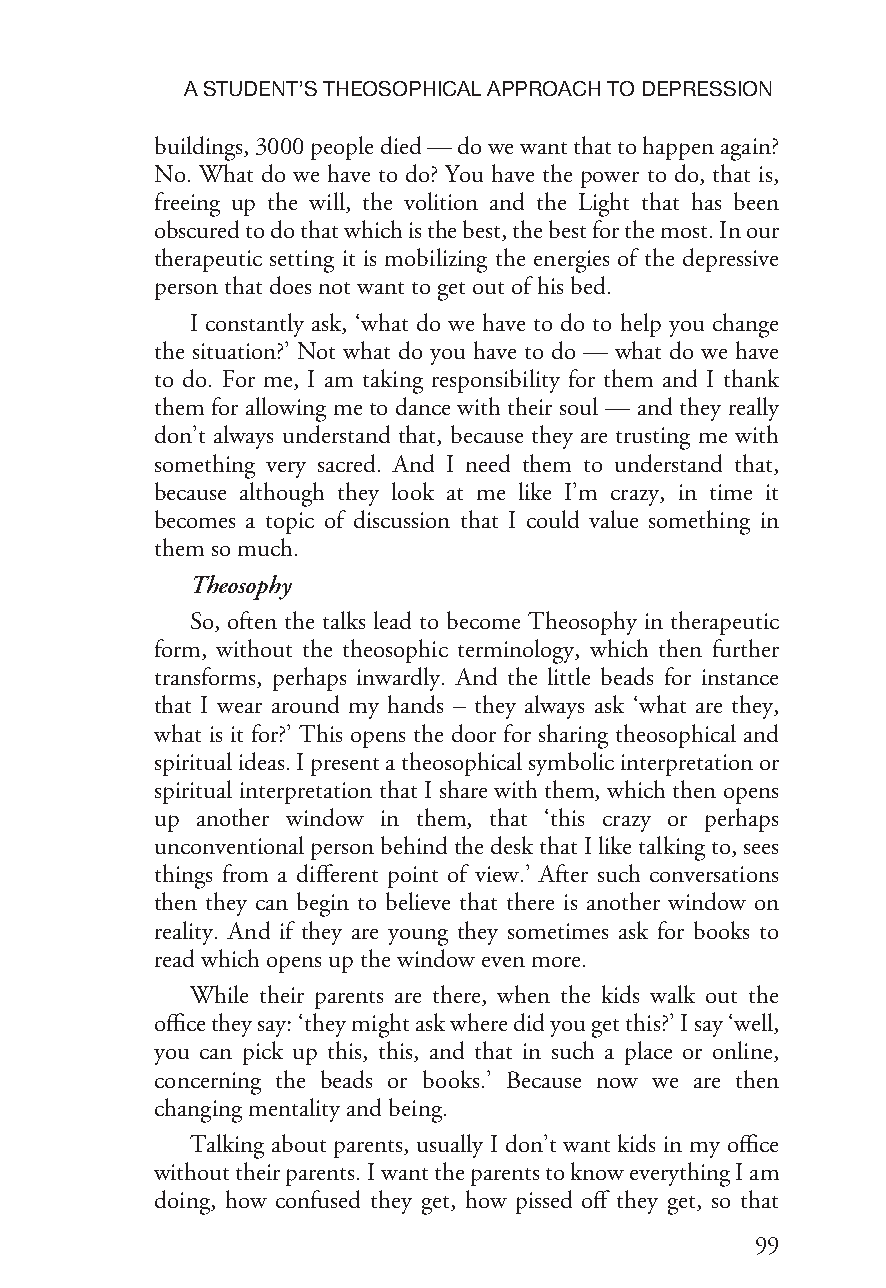
ASTUDENT’STHEOSOPHICALAPPROACHTODEPRESSION
 buildings,3000peopledied—dowewantthattohappenagain?
 No. What do we have to do? You have the power to do, that is,
 freeing up the will, the volition and the Light that has been
 obscuredtodothatwhichisthebest,thebestforthemost.Inour
 therapeutic setting it is mobilizing the energies of the depressive
 personthatdoesnot wanttogetout ofhis bed.
 I constantly ask, ‘what do we have to do to help you change
 the situation?’ Not what do you have to do — what do we have
 to do. For me, I am taking responsibility for them and I thank
 them for allowing me to dance with their soul — and they really
 don’t always understand that, because they are trusting me with
 something very sacred. And I need them to understand that,
 because although they look at me like I’m crazy, in time it
 becomes a topic of discussion that I could value something in
 themsomuch.
 Theosophy
 So, often the talks lead to become Theosophy in therapeutic
 form, without the theosophic terminology, which then further
 transforms, perhaps inwardly. And the little beads for instance
 that I wear around my hands – they always ask ‘what are they,
 what is it for?’ This opens the door for sharing theosophical and
 spiritualideas.Ipresentatheosophicalsymbolicinterpretationor
 spiritual interpretation that I share with them, which then opens
 up another window in them, that ‘this crazy or perhaps
 unconventionalpersonbehindthedeskthatIliketalkingto,sees
 things from a different point of view.’ After such conversations
 then they can begin to believe that there is another window on
 reality. And if they are young they sometimes ask for books to
 readwhichopensupthewindow evenmore.
 While their parents are there, when the kids walk out the
 officetheysay:‘theymightaskwheredidyougetthis?’Isay‘well,
 you can pick up this, this, and that in such a place or online,
 concerning the beads or books.’ Because now we are then
 changingmentalityandbeing.
 Talking about parents, usually I don’t want kids in my office
 withouttheirparents.IwanttheparentstoknoweverythingIam
 doing, how confused they get, how pissed off they get, so that
 99